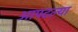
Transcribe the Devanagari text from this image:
आपटल्या